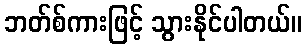
ဘတ်စ်ကားဖြင့် သွားနိုင်ပါတယ်။